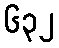
၆၃၂